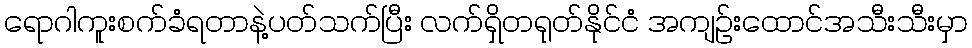
ရောဂါကူးစက်ခံရတာနဲ့ပတ်သက်ပြီး လက်ရှိတရုတ်နိုင်ငံ အကျဉ်းထောင်အသီးသီးမှာ